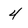
Character: 4